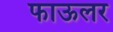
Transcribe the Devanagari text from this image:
फाऊलर